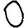
Digit: 0